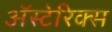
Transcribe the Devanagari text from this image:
अॅस्टेरिक्स